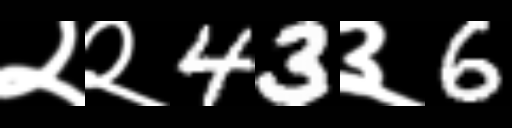
Text: २२43३6